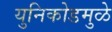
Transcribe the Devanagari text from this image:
युनिकोडमुळे